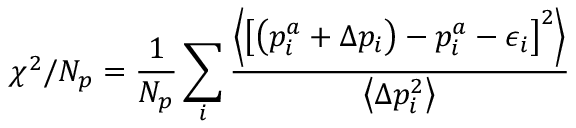
\chi ^ { 2 } / N _ { p } = \frac { 1 } { N _ { p } } \sum _ { i } \frac { \left\langle \left[ \left( p _ { i } ^ { a } + \Delta p _ { i } \right) - p _ { i } ^ { a } - \epsilon _ { i } \right] ^ { 2 } \right\rangle } { \left\langle \Delta p _ { i } ^ { 2 } \right\rangle }